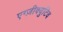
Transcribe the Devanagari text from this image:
एग्ज़ीक्युटिव